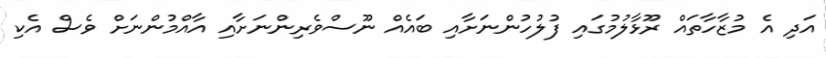
އަދި އެ މުޒާހާތައް ރޫޅާލުމުގައި ފުލުހުންނަށާއި ބައެއް ނޫސްވެރިންނަށާއި އާއްމުންނަށް ވެސް އެކި